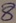
Text: 8